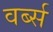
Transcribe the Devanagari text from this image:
वर्ब्स